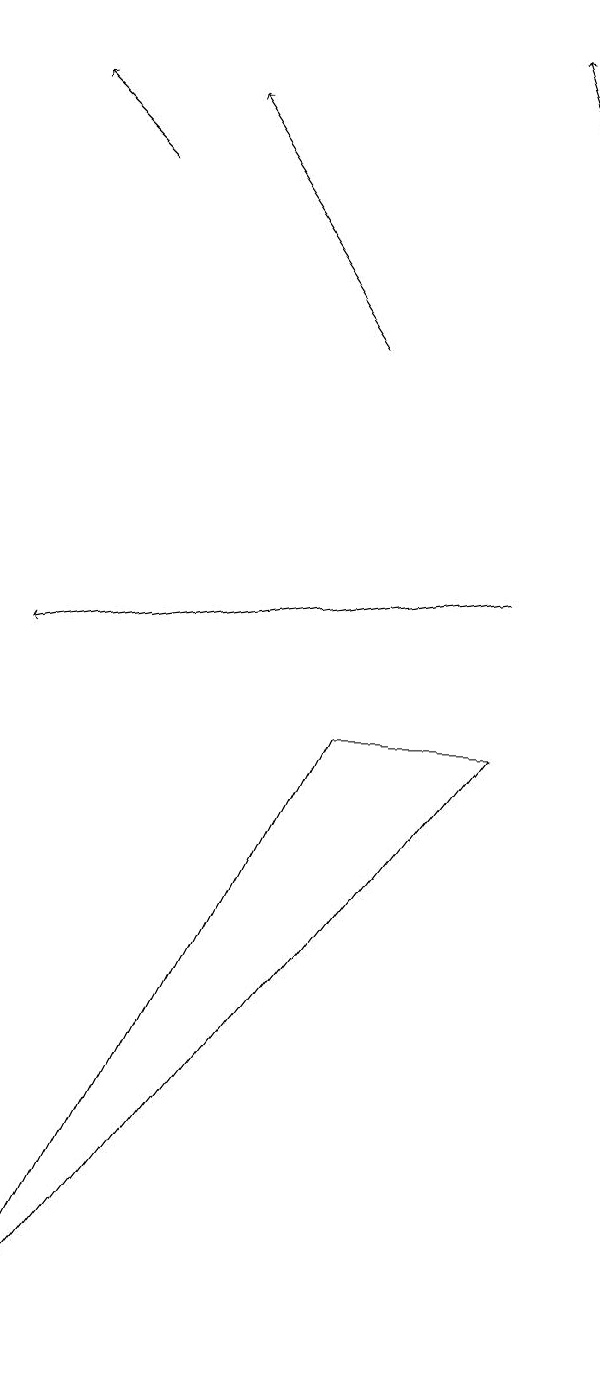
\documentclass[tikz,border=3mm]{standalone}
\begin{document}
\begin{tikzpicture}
\draw[->] (9,15) -- (8,18);
\draw[->] (8,11) -- (2,10);
\draw (6,9) -- (8,9) -- (2,1) -- cycle;
\draw[->] (6,14) -- (4,17);
\draw[->] (3,16) -- (2,17);
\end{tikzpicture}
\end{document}